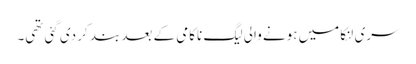
سری لنکا میں ہونے والی لیگ ناکامی کے بعد بند کر دی گئی تھی۔